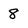
Character: 8